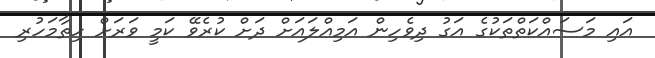
އައި މަސައްކަތްތަކުގެ އަގު ދިވެހިން އަމިއްލައަށް ދަށް ކުރެވޭ ކަމީ ވަރަށް ހިތާމަހުރި